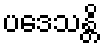
ပဒေသန္တိ